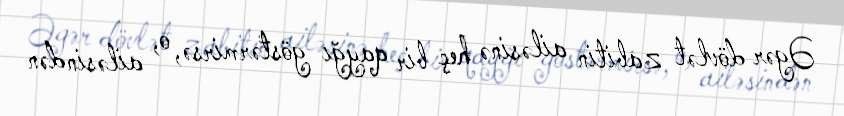
Əgər dövlət zabitin ailəsinə heç bir qayğı göstərmirsə, o, ailəsindən